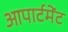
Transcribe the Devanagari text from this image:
आपार्टमेंट